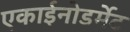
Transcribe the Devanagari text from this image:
एकाईनोडर्मेट